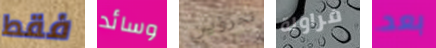
فقط وسائد تجرؤين فراولة بعد